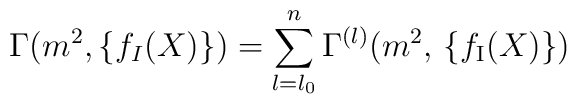
\Gamma (m^2, \{ f_I (X) \}) = \sum_{l = l_0}^n \Gamma^{(l)} (m^2, \, \{ f_{\mbox{\scriptsize{I}}} (X) \} )